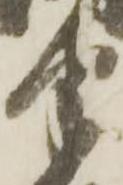
半